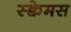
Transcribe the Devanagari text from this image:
स्क्वेमस